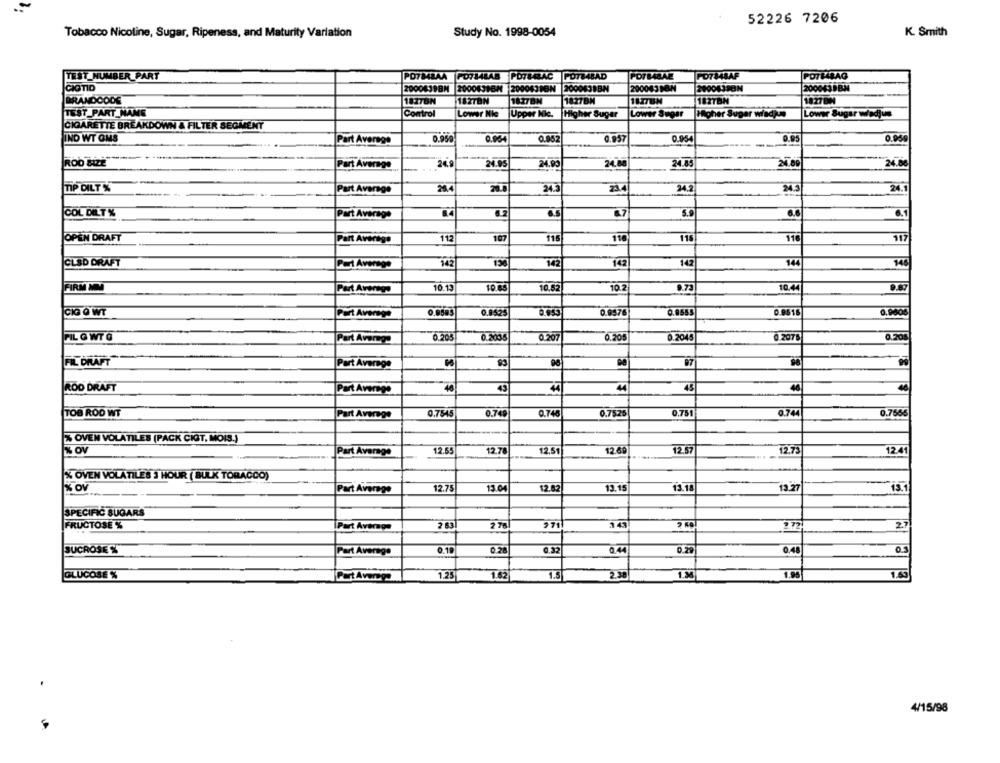
52226 7206
Tobacco Nicoline, Sugar, Ripeness, and Maturity Variation
Study No. 1998-0054
K. Smith
TEST NUMBER PART
PO7M4BAA FO734LAB POTBARAC POT84BAD
POTBABAE
FO7848AF
CIGTID
2000839BM 2000639BH 20004393N 2000431BN
200043587
29004338N
2000438BN
BRANDCODE
182TBN
182TBN
1827BIN
1827BN
1827BW
TEST_PART_NAME
Comtrol
Lower Nie
Upper Nie.
Higher Sugar
Lower Sugar
Hoher Sugar wiadjun
Lower Sugar wadjus
CIGARETTE BREAKDOWN & FILTER SEGMENT
IND WT ONS
0.952
0.954
0.9
Part Average
0.950
0.964
0.957
-
ROO BIZE
Part Average
24.9
24.95
24.99
24.88
24.85
24.89
24.00
TIP DILT %
Part Average
28.4
20.8
24.3
234
24.2
24.3
24.
COL DILT%
6.7
5.
6.0
Part Average
115
117
OPEN DRAFT
Part Average
112
107
116
110
116
CLSD DRAFT
Pal Average
3421
136
142
142
142
144
145
FIRM MMMM
10.13
10.88
10.52
10.2
9.87
CIG O WT
0.8525
0.9576
0.9555
0.9516
0.0006
Part Average
208
FIL G WT Q
Part Avang
0.205
0.2036
0.207
0.205
0.2045
0.2076
FIL DRAFT
|Part Average
97
ROD DRAFT
Part Average
43
44
45
48
0.7545
0.749
0.746
0.75.25
.75
3.74
0.7566
TOB ROD WT
Part Average
% OVEN VOLATILES (PACK CIGT, MOIS.)
% OV
12.65
12.78
12.51
12.61
12 5
12.73
12.41
Part Average
*% OVEN VOLATILES 3 HOUR ( BULK TOBACCO)
% OV
2.75
13.0
2.82
13.15
13.18
13.27
Part Average
SPECIFIC SUGARS
FRUCTOSE %
Part Avenga
2 631
2 76
1 72
27
SUCROSE %
0.10
0.28
0.32
0.44
0.48
05
Part Average
1.96
GLUCOSE %
Part Averepo
1.25
1.62
1.5
2.38
1.34
4/15/98